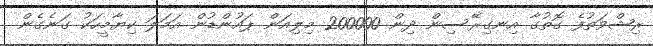
ރިޝްވަތުފެ ގޮތުގާ އިނގިރޭސިން ދިން 200000 މިލިއަން ޕައުންޑުން އަމަލަ ކިޔާމީހަކު ގަނެގެން